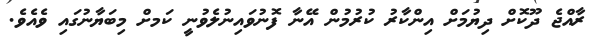
ރާއްޖެ ދޫކޮށް ދިޔުމަށް އިންކާރު ކުރުމުން އޭނާ ފޮނުވައިނުލެވުނީ ކަމށް މިބަޔާނުގައި ވެއެވެ.